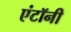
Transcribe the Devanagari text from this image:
एंटॉनी